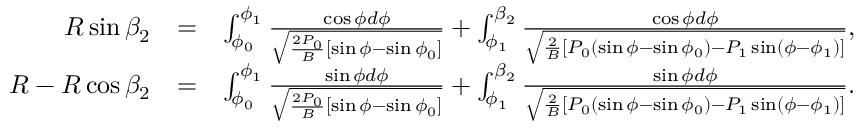
\begin{array} { r l r } { R \sin \beta _ { 2 } } & { = } & { \int _ { \phi _ { 0 } } ^ { \phi _ { 1 } } \frac { \cos \phi d \phi } { \sqrt { \frac { 2 P _ { 0 } } { B } [ \sin \phi - \sin \phi _ { 0 } ] } } + \int _ { \phi _ { 1 } } ^ { \beta _ { 2 } } \frac { \cos \phi d \phi } { \sqrt { \frac { 2 } { B } [ P _ { 0 } ( \sin \phi - \sin \phi _ { 0 } ) - P _ { 1 } \sin ( \phi - \phi _ { 1 } ) ] } } , } \\ { R - R \cos \beta _ { 2 } } & { = } & { \int _ { \phi _ { 0 } } ^ { \phi _ { 1 } } \frac { \sin \phi d \phi } { \sqrt { \frac { 2 P _ { 0 } } { B } [ \sin \phi - \sin \phi _ { 0 } ] } } + \int _ { \phi _ { 1 } } ^ { \beta _ { 2 } } \frac { \sin \phi d \phi } { \sqrt { \frac { 2 } { B } [ P _ { 0 } ( \sin \phi - \sin \phi _ { 0 } ) - P _ { 1 } \sin ( \phi - \phi _ { 1 } ) ] } } . } \end{array}